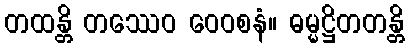
တထန္တိ တဿေဝ ဝေဝစနံ။ ဓမ္မဋ္ဌိတတန္တိ